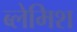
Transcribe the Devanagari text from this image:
ब्लेमिश